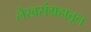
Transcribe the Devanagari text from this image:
लेखसंग्रहातून